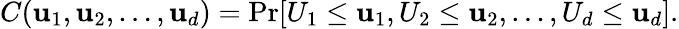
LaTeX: C(\mathbf{u}_{1},\mathbf{u}_{2},\dots,\mathbf{u}_{d})=\operatorname*{Pr}[U_{1}\leq\mathbf{u}_{1},U_{2}\leq\mathbf{u}_{2},\dots,U_{d}\leq\mathbf{u}_{d}].